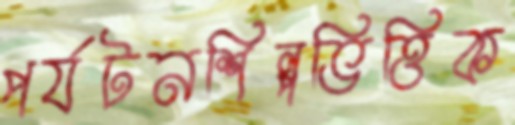
পর্যটনশিল্পভিত্তিক